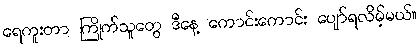
ရေကူးတာ ကြိုက်သူတွေ ဒီနေ့ ကောင်းကောင်း ပျော်ရလိမ့်မယ်။